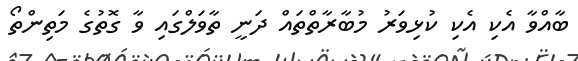
ބާއްވާ އެކި އެކި ކުޅިވަރު މުބާރާތްތައް ދަނީ ތާވަލްގައި ވާ ގޮތުގެ މަތިންތޯ